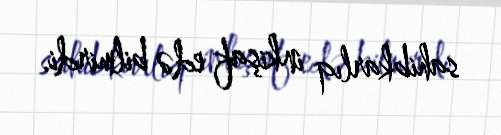
sahibkarlıq inkişaf edə bilmirdi.